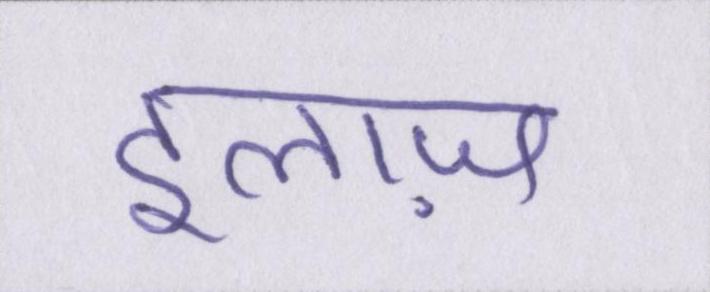
इलाज़